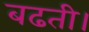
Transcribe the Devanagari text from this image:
बढती।